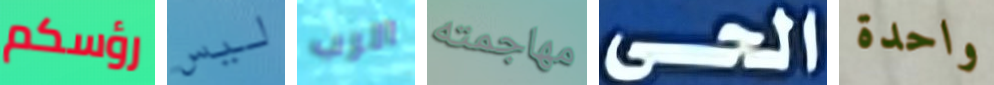
رؤسكم ليس الرب مهاجمته الحى واحدة